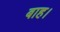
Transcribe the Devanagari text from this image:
बाह।